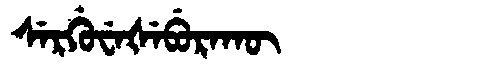
Manchu: ᠰᡝᡵᡤᡠᠸᡝᡧᡝᠪᡠᡵᠠᡴᡡ
Romanization: SERGUWEŠEBURAKŪ